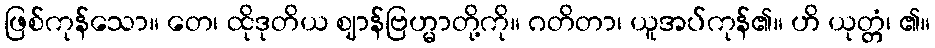
ဖြစ်ကုန်သော။ တေ၊ ထိုဒုတိယ ဈာန်ဗြဟ္မာတို့ကို။ ဂတိတာ၊ ယူအပ်ကုန်၏။ ဟိ ယုတ္တံ၊ ၏။